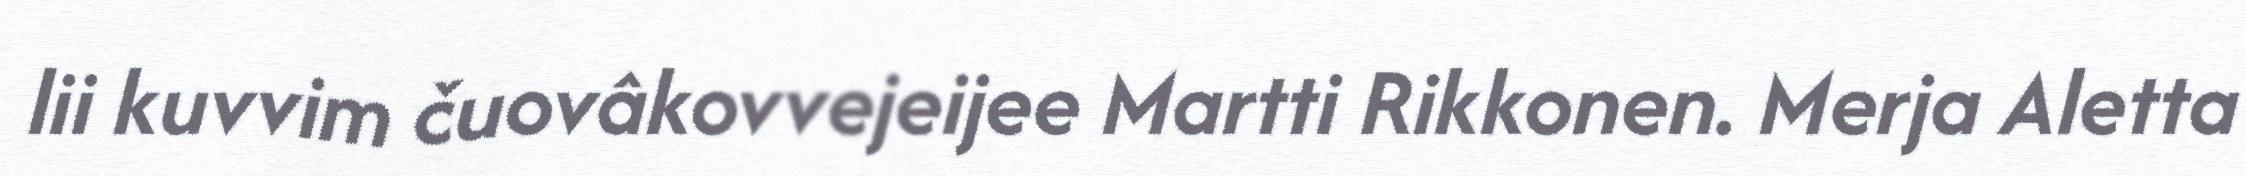
lii kuvvim čuovâkovvejeijee Martti Rikkonen. Merja Aletta